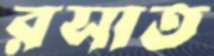
রসাত